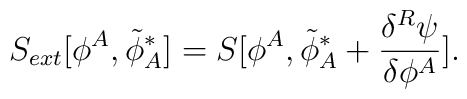
S_{ext}[\phi^A,{\tilde \phi}^*_A]=S[\phi^A,{\tilde\phi}^*_A+\frac{\delta^R \psi}{\delta \phi^A}].